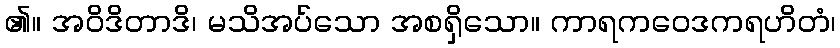
၏။ အဝိဒိတာဒိ၊ မသိအပ်သော အစရှိသော။ ကာရကဝေဒကရဟိတံ၊